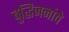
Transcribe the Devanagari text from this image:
बुद्धिजनांचे